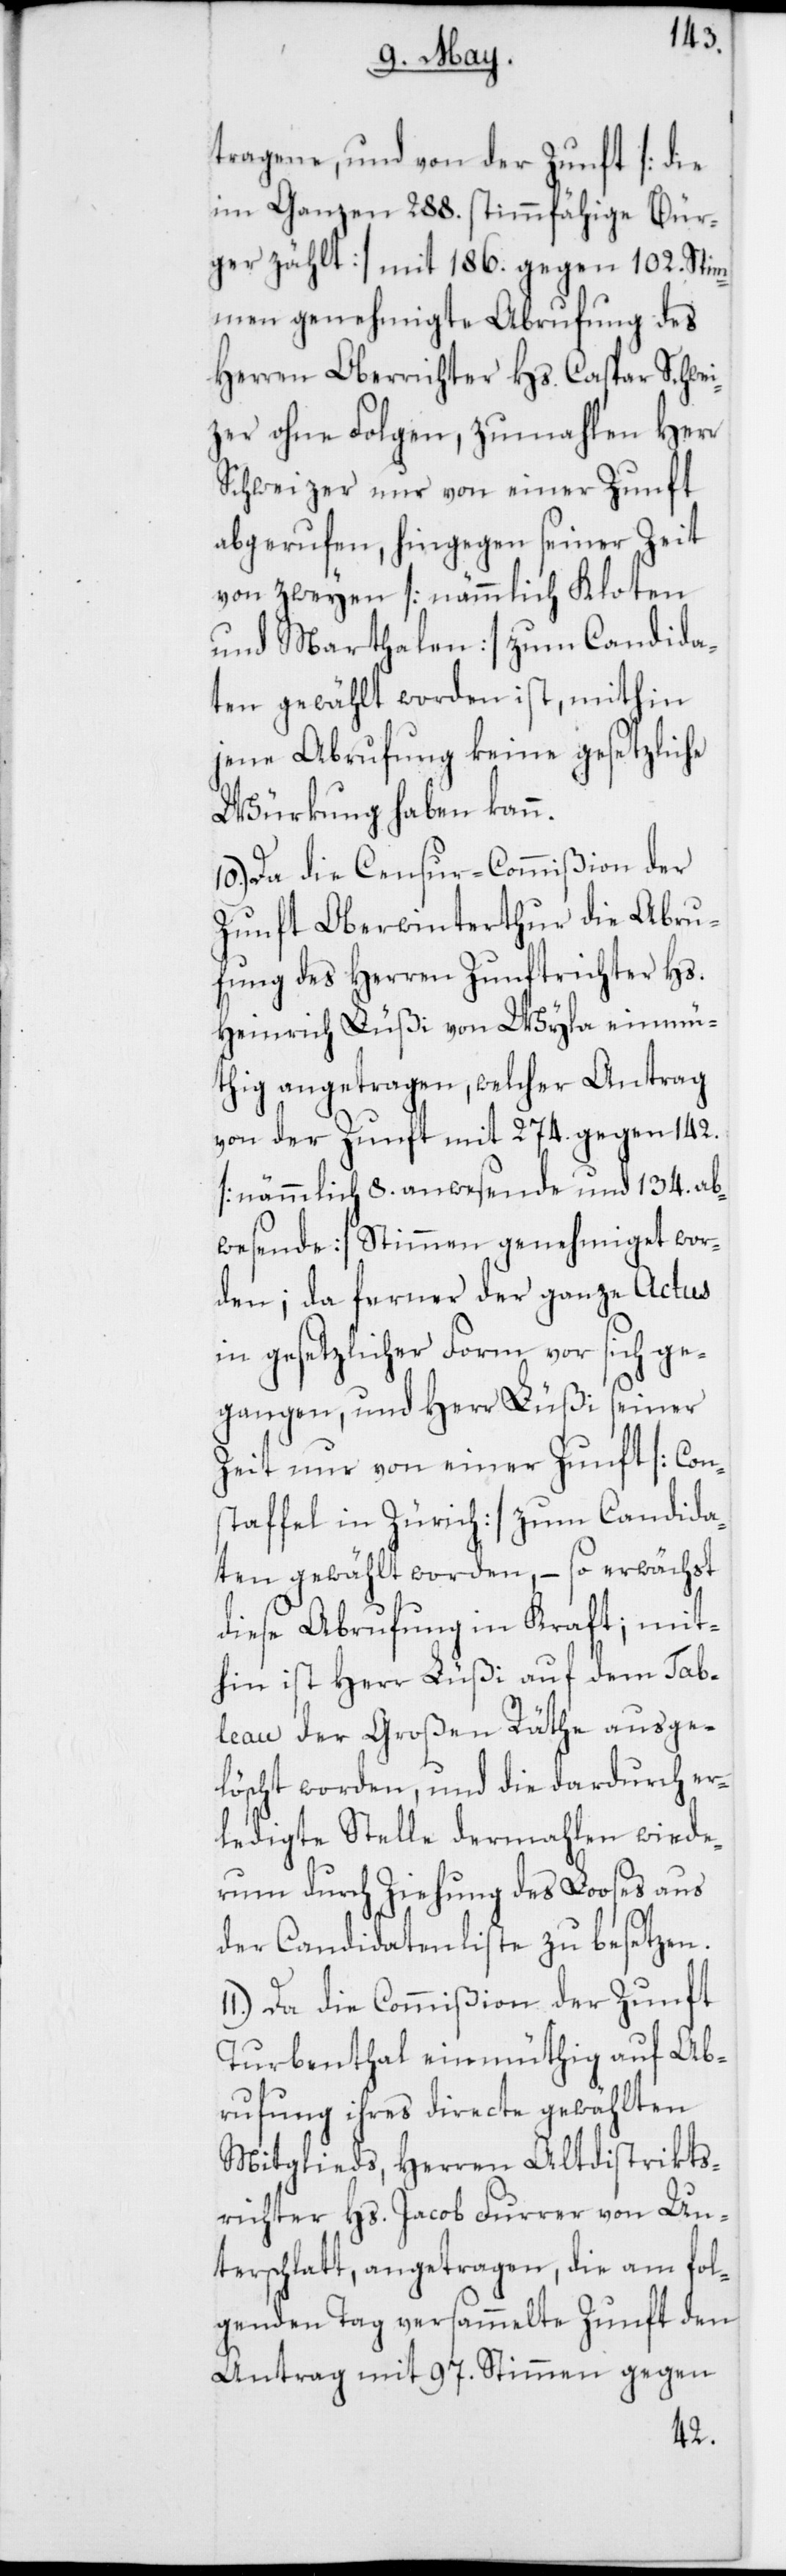
tragene, und von der Zunft [die
im ganzen 288. stimmfähige Bür¬
ger zählt] mit 186. gegen 102. Stim¬
men genehmigte Abrufung des
Herren Oberrichter Hs. Caspar Schwei¬
zer ohne Folgen, zumahlen Herr
Schweizer nur von einer Zunft
abgerufen, hingegen seiner Zeit
von zweyen [nämmlich Kloten
und Marthalen] zum Candida¬
ten gewählt worden ist, mithin
jene Abrufung keine gesetzliche
Würkung haben kann.
10.) Da die Censur-Commißion der
Zunft Oberwinterthur die Abru¬
fung des Herren Zunftrichter Hs.
Heinrich Lüßi von Wyla einmü¬
thig angetragen, welcher Antrag
von der Zunft mit 274. gegen 142.
[nämmlich 8. anwesende und 134. ab¬
wesende] Stimmen genehmiget wor¬
den; da ferner der ganze Actus
in gesetzlicher Form vor sich ge¬
gangen, und Herr Lüßi seiner
Zeit nur von einer Zunft [Con¬
staffel in Zürich] zum Canida¬
ten gewählt worden, – so erwächst
diese Abrufung in Kraft; mit¬
hin ist Herr Lüßi auf dem Tab¬
leau der Großen Räthe ausge¬
löscht worden, und die dardurch er¬
ledigte Stelle dermahlen wiede¬
rum durch Ziehung des Looses aus
der Candidatenliste zu besetzen.
11.) Da die Commißion der Zunft
Turbenthal einmüthig auf Ab¬
rufung ihres directe gewählten
Mitglieds, Herren Altdistrikts¬
richter Hs. Jacob Furrer von Un¬
terschlatt, angetragen, die am fol¬
genden Tag versammelte Zunft den
Antrag mit 97. Stimmen gegen